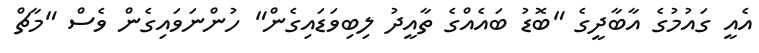
އެއީ ގައުމުގެ އާބާދީގެ "ބޮޑު ބައެއްގެ ތާއީދު ލިބިވަޑައިގެން" ހުންނަވައިގެން ވެސް "މާޗް